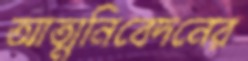
আত্মনিবেদনের